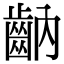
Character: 𪗝